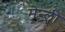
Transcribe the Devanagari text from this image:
मेन्ली